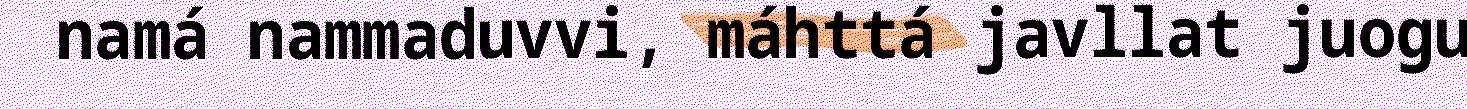
namá nammaduvvi, máhttá javllat juogu